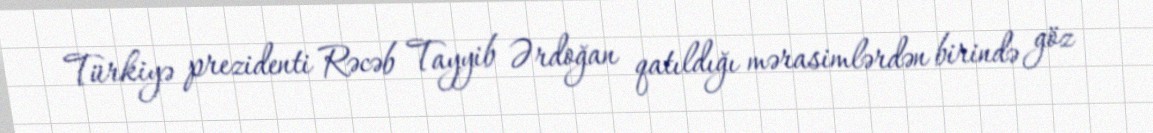
Türkiyə prezidenti Rəcəb Tayyib Ərdoğan qatıldığı mərasimlərdən birində göz